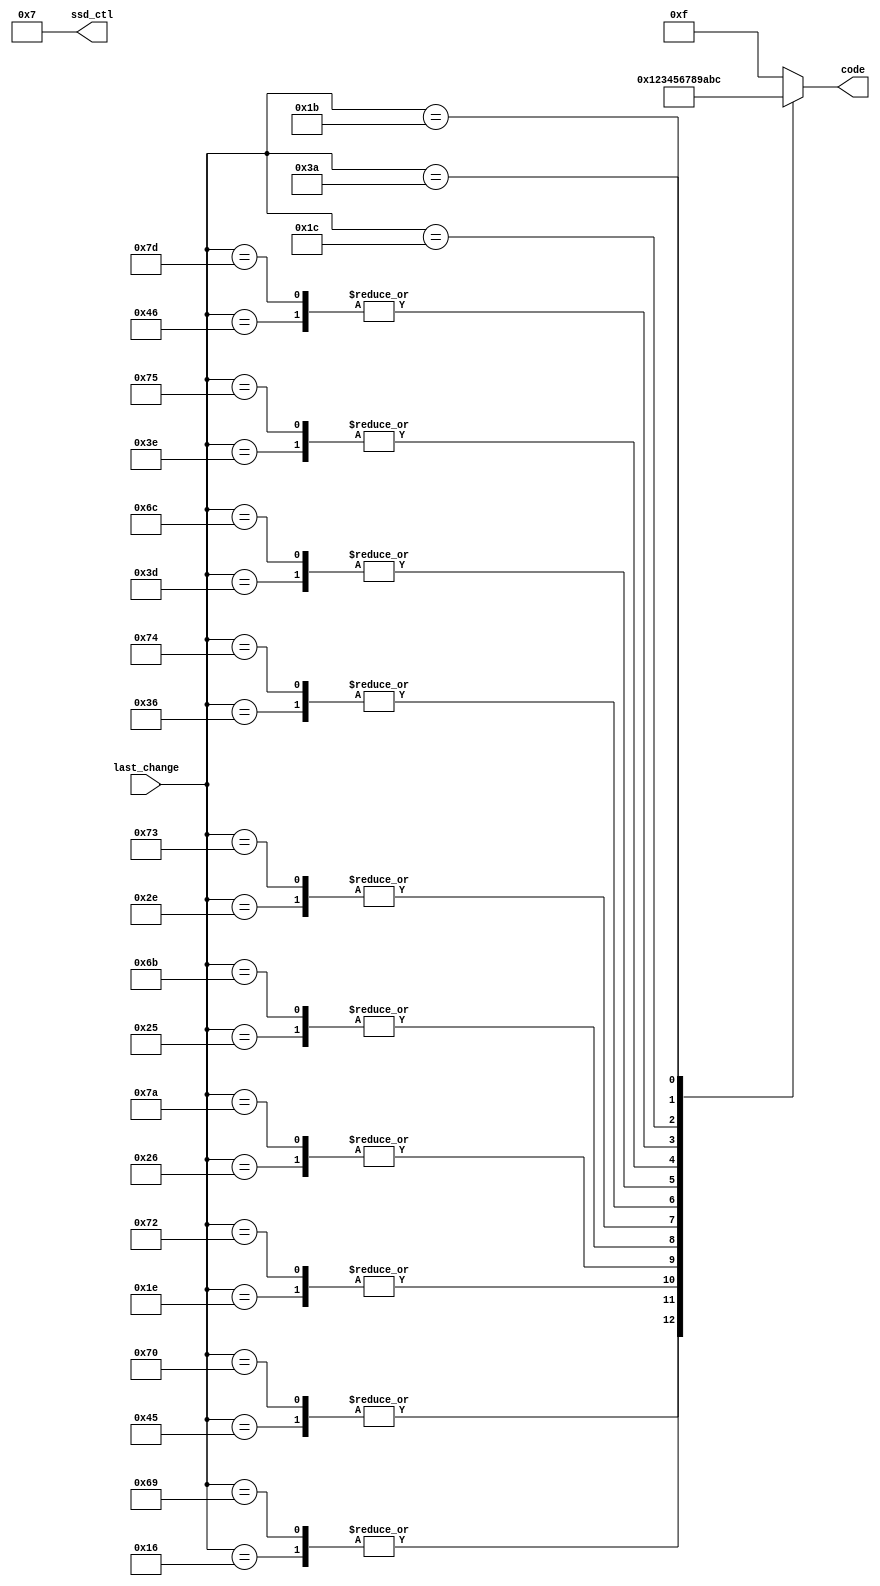
`timescale 1ns / 1ps
//////////////////////////////////////////////////////////////////////////////////
// Company: 
// Engineer: 
// 
// Design Name: 
// Module Name: keyboard_display_decoder
// Project Name: 
// Target Devices: 
// Tool Versions: 
// Description: 
// 
// Dependencies: 
// 
// Revision:
// Revision 0.01 - File Created
// Additional Comments:
// 
//////////////////////////////////////////////////////////////////////////////////


module keyboard_display_decoder(
    input [8:0] last_change,
    output [3:0] ssd_ctl,
    output reg [3:0] code
    );
    
    assign ssd_ctl = 4'b0111;
    
    always @*
        case (last_change)
            // up
            9'h045: code = 4'd0;  // 0
            9'h016: code = 4'd1;  // 1
            9'h01e: code = 4'd2;  // 2
            9'h026: code = 4'd3;  // 3
            9'h025: code = 4'd4;  // 4
            9'h02e: code = 4'd5;  // 5
            9'h036: code = 4'd6;  // 6
            9'h03d: code = 4'd7;  // 7
            9'h03e: code = 4'd8;  // 8
            9'h046: code = 4'd9;  // 9
            // right
            9'h070: code = 4'd0;  // 0
            9'h069: code = 4'd1;  // 1
            9'h072: code = 4'd2;  // 2
            9'h07a: code = 4'd3;  // 3
            9'h06b: code = 4'd4;  // 4
            9'h073: code = 4'd5;  // 5
            9'h074: code = 4'd6;  // 6
            9'h06c: code = 4'd7;  // 7
            9'h075: code = 4'd8;  // 8
            9'h07d: code = 4'd9;  // 9
            9'h15a: code = 4'd15;  // right enter
            9'h05a: code = 4'd15;  // enter -> f
            9'h01c: code = 4'd10;  // A -> a
            9'h01b: code = 4'd11;  // S -> b
            9'h03a: code = 4'd12;  // M -> c
            default: code = 4'd15;
        endcase
endmodule